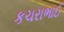
કચરાભાઈ